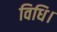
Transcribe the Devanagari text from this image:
विधि।